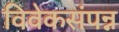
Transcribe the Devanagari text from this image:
विवेकसंपन्न